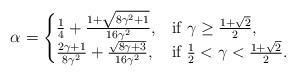
LaTeX: \begin{align*} \alpha = \begin{cases} \frac{1}{4}+\frac{1+\sqrt{8\gamma^2+1}}{16\gamma^2}, &\mbox{if}~\gamma \ge \frac{1+\sqrt{2}}{2},\\ \frac{2\gamma+1}{8\gamma^2}+\frac{\sqrt{8\gamma+3}}{16\gamma^2}, &\mbox{if}~\frac{1}{2}<\gamma< \frac{1+\sqrt{2}}{2}.\end{cases}\end{align*}